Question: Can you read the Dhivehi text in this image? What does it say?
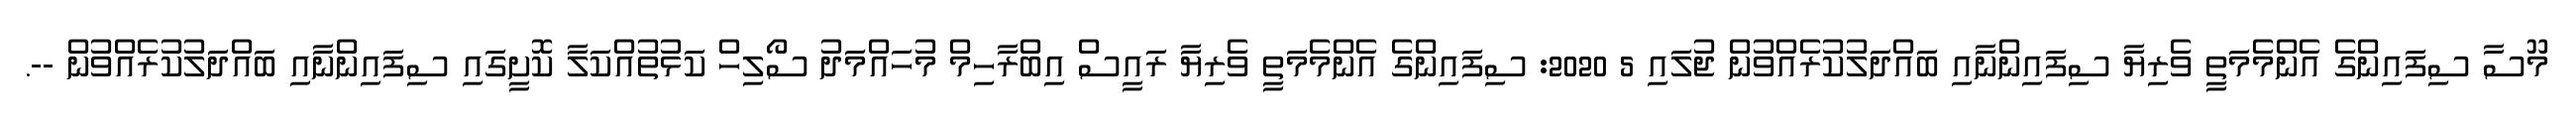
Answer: މޫސާ ސިފައިންގެ އެންމެމަތީ ވެރިޔާ ސިފައިންނާއި ބައްދަލުކުރެއްވުން ޖުލައި 5 2020: ސިފައިންގެ އެންމެމަތީ ވެރިޔާ ރައީސް އިބްރާހިމް މުހައްމަދު ސޯލިހް ކަޅުތުއްކަލާ ކޮށީގައި ސިފައިންނާއި ބައްދަލުކުރެއްވުން --.